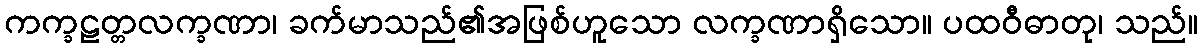
ကက္ခဠတ္တလက္ခဏာ၊ ခက်မာသည်၏အဖြစ်ဟူသော လက္ခဏာရှိသော။ ပထဝီဓာတု၊ သည်။